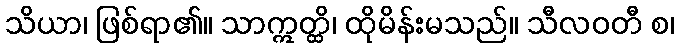
သိယာ၊ ဖြစ်ရာ၏။ သာဣတ္ထိ၊ ထိုမိန်းမသည်။ သီလဝတီ စ၊